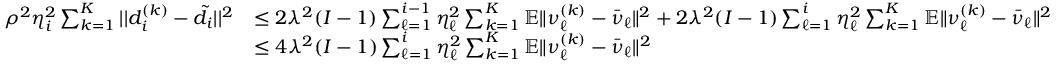
\begin{array} { r l } { \rho ^ { 2 } \eta _ { i } ^ { 2 } \sum _ { k = 1 } ^ { K } | | d _ { i } ^ { ( k ) } - \tilde { d } _ { i } | | ^ { 2 } } & { \leq { 2 \lambda ^ { 2 } ( I - 1 ) } \sum _ { \ell = 1 } ^ { i - 1 } \eta _ { \ell } ^ { 2 } \sum _ { k = 1 } ^ { K } \mathbb { E } \| \nu _ { \ell } ^ { ( k ) } - \bar { \nu } _ { \ell } \| ^ { 2 } + { 2 \lambda ^ { 2 } ( I - 1 ) } \sum _ { \ell = 1 } ^ { i } \eta _ { \ell } ^ { 2 } \sum _ { k = 1 } ^ { K } \mathbb { E } \| \nu _ { \ell } ^ { ( k ) } - \bar { \nu } _ { \ell } \| ^ { 2 } } \\ & { \leq { 4 \lambda ^ { 2 } ( I - 1 ) } \sum _ { \ell = 1 } ^ { i } \eta _ { \ell } ^ { 2 } \sum _ { k = 1 } ^ { K } \mathbb { E } \| \nu _ { \ell } ^ { ( k ) } - \bar { \nu } _ { \ell } \| ^ { 2 } } \end{array}